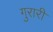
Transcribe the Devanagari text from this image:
गुरारी